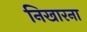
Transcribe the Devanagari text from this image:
निखारना